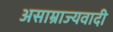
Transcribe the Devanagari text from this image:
असाम्राज्यवादी